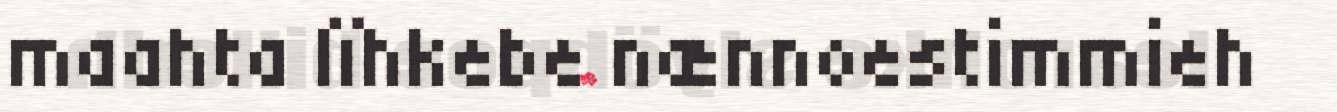
maahta lïhkebe nænnoestimmieh